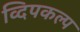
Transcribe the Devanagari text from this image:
व्दिपकल्प